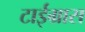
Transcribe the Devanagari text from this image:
टाईग्रास